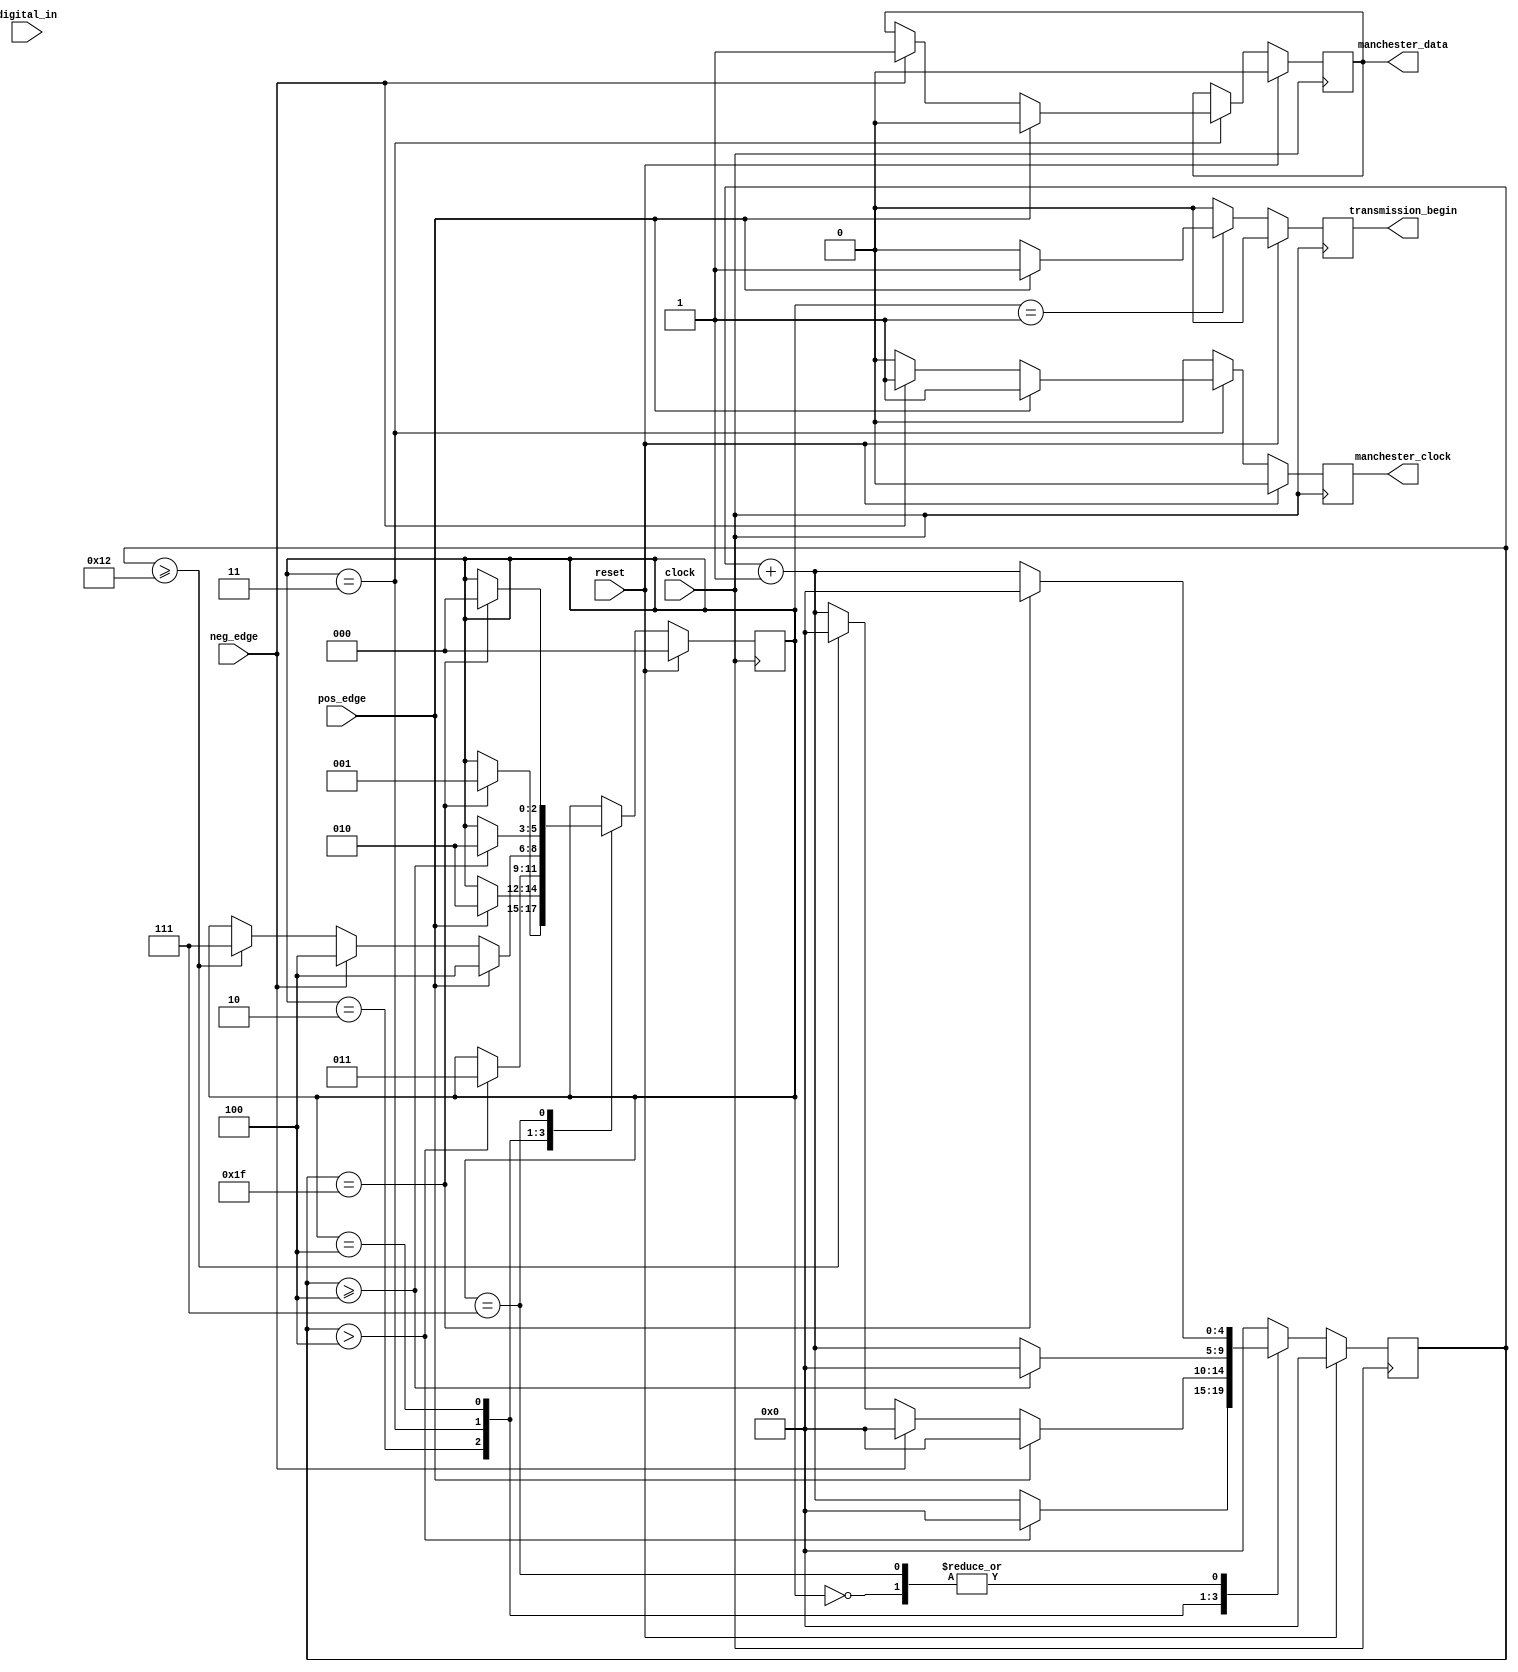
module state_machine (
    input wire digital_in,
    input wire clock,
    input wire reset,

    input wire pos_edge,
    input wire neg_edge,

    output wire manchester_clock,
    output wire manchester_data,

    output reg transmission_begin
);

    reg [4:0] timer, next_timer;
    localparam period = 18;

    reg [2:0] state, next_state;
    localparam state_waiting_for_transmission = 3'd0, // TODO: transmission detection (wait for long sequence of low bits)
               state_armed                    = 3'd1,
               state_timing                   = 3'd2,
               state_looking_for_edge         = 3'd3,
               state_found_edge               = 3'd4,
               state_end_of_transmission      = ~3'd0; // TODO: when to switch to waiting for transmission

    reg decoded, next_decoded;
    reg clock_mask, next_clock_mask;

    assign manchester_data = decoded;
    assign manchester_clock = clock_mask;

    reg transmission_begin_next;

    always @(posedge clock) begin
        if (reset) begin
            timer <= 0;
            state <= state_waiting_for_transmission;
            decoded <= 0;
            clock_mask <= 0;
            transmission_begin <= 0;
        end else begin
            timer <= next_timer;
            state <= next_state;
            decoded <= next_decoded;
            clock_mask <= next_clock_mask;
            transmission_begin <= transmission_begin_next;
        end
    end

    always @(*) begin
        next_state = state;
        next_decoded = decoded;
        next_timer = 0;
        next_clock_mask = 0;
        transmission_begin_next = 0;

        case (state)
            state_waiting_for_transmission: begin
                next_timer = timer + 1;
                if (timer == ~5'd0) begin
                    next_timer = 0;
                    next_state = state_armed;
                end
            end
            state_armed: if (pos_edge) begin
                next_state = state_timing;
                transmission_begin_next = 1;
            end
            state_timing: begin
                next_timer = timer + 1;

                if (timer > period / 4) begin
                    next_timer = 0;
                    next_state = state_looking_for_edge;
                end
            end
            state_looking_for_edge: begin
                next_timer = timer + 1;

                if (pos_edge) begin
                    next_decoded = 0;
                    next_clock_mask = 1;
                    next_timer = 0;
                    next_state = state_found_edge;
                end else if (neg_edge) begin
                    next_decoded = 1;
                    next_clock_mask = 1;
                    next_timer = 0;
                    next_state = state_found_edge;
                end else if (timer >= period) begin
                    next_timer = 0;
                    next_state = state_end_of_transmission;
                end
            end
            state_found_edge: begin
                next_timer = timer + 1;
                if (timer >= period / 4) begin
                    next_timer = 0;
                    next_state = state_timing;
                end
            end
            state_end_of_transmission: begin
                next_timer = timer + 1;
                if (timer == ~5'd0) begin
                    next_timer = 0;
                    next_state = state_waiting_for_transmission;
                end
            end
        endcase
    end
endmodule